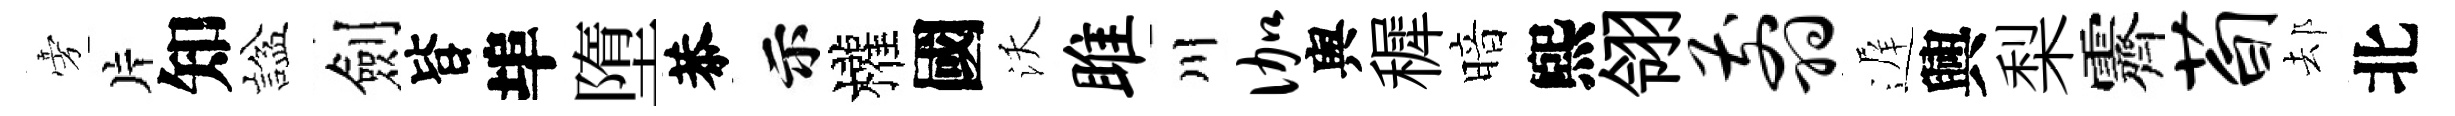
旁片知諡劍𣅜埠墮恭示權國沃雎川伽舆穉暗煕翎翦遅興梨霽荀𨚫北